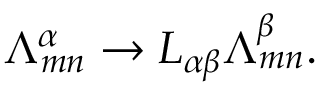
{ \Lambda } _ { m n } ^ { \alpha } \rightarrow { \cal L } _ { \alpha \beta } { \Lambda } _ { m n } ^ { \beta } .